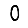
Digit: 0